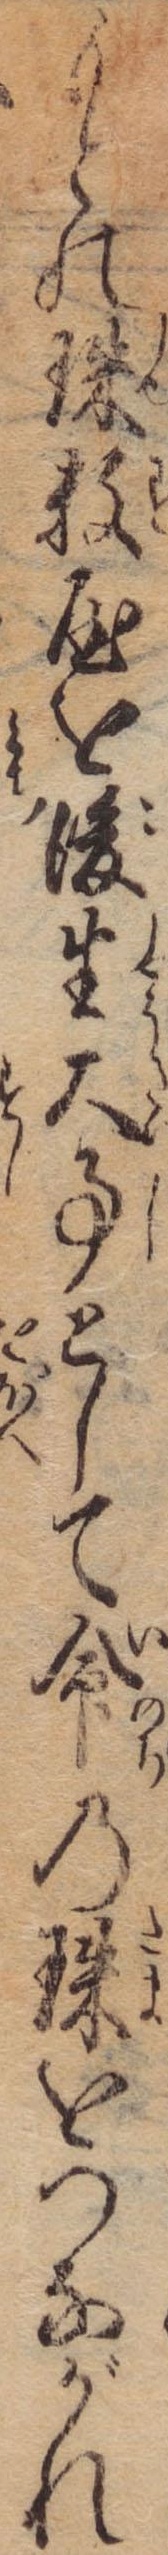
もとの珠数屋を後生大事として命の珠をつながれ